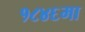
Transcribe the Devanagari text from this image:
१८४६मा